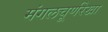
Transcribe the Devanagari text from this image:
मंगलचूर्णरेखा